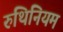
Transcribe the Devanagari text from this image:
रुथिनियम